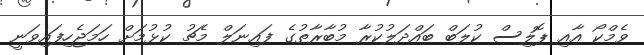
ވެމްކޯ އާއި ޕޮލިސް ކުލަބް ބައްދަލުކުރާ މުބާރާތުގެ ފައިނަލް މެޗު ކުޅުމަށް ހަމަޖެހިފައިވަނީ